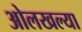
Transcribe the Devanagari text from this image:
ओलखल्या